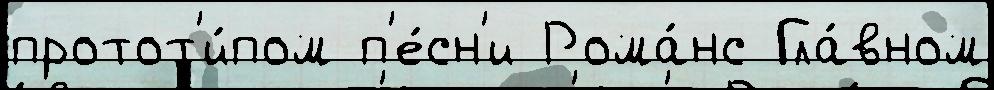
протот'и́пом п'е́сн'и Рома́нс Гла́вном